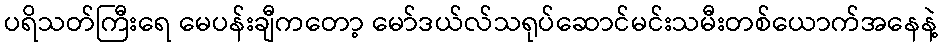
ပရိသတ်ကြီးရေ မေပန်းချီကတော့ မော်ဒယ်လ်သရုပ်ဆောင်မင်းသမီးတစ်ယောက်အနေနဲ့